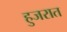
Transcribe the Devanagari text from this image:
हुजरात